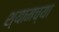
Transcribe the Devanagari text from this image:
श्यामच्या